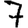
Digit: 7